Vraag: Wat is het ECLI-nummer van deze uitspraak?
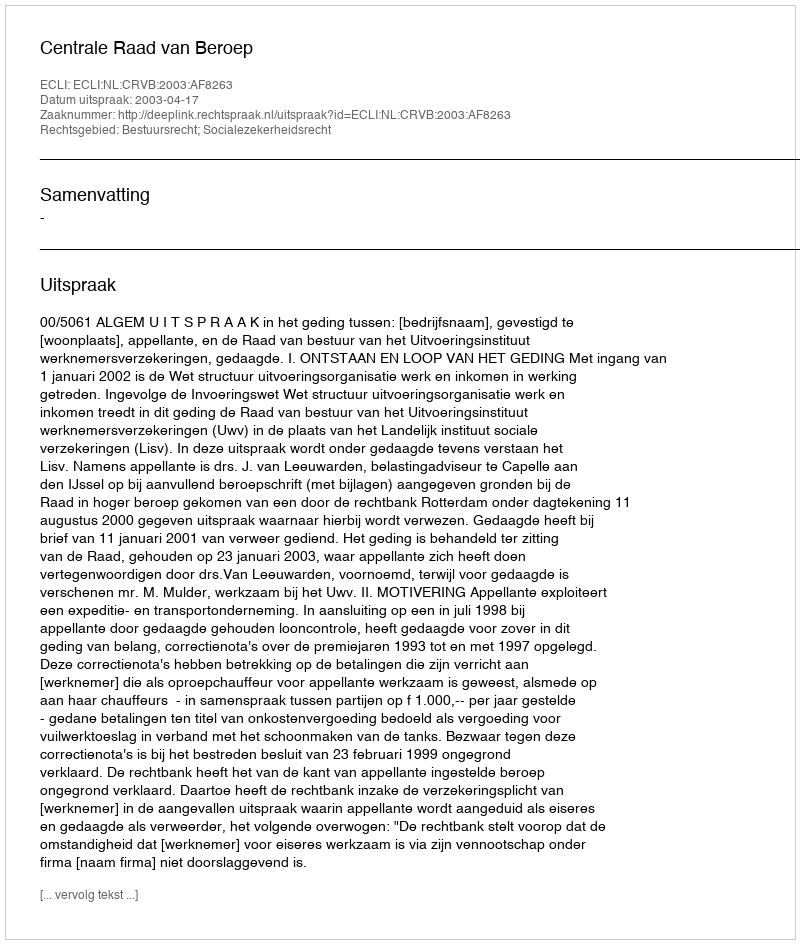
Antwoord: ECLI:NL:CRVB:2003:AF8263